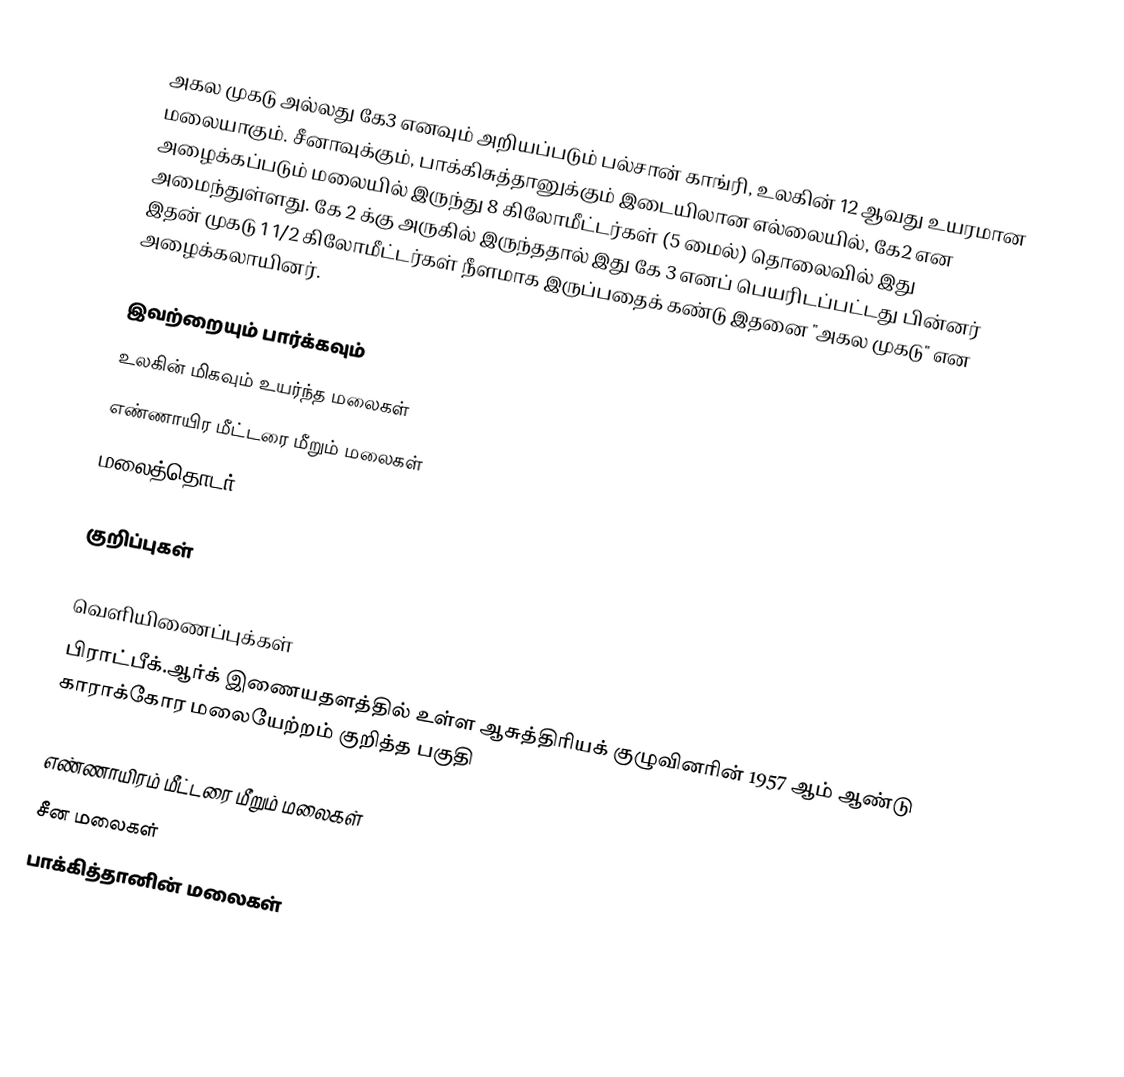
அகல முகடு அல்லது கே3 எனவும் அறியப்படும் பல்சான் காங்ரி, உலகின் 12 ஆவது உயரமான மலையாகும். சீனாவுக்கும், பாக்கிசுத்தானுக்கும் இடையிலான எல்லையில், கே2 என அழைக்கப்படும் மலையில் இருந்து 8 கிலோமீட்டர்கள் (5 மைல்) தொலைவில் இது அமைந்துள்ளது. கே 2 க்கு அருகில் இருந்ததால் இது கே 3 எனப் பெயரிடப்பட்டது பின்னர் இதன் முகடு 1 1/2 கிலோமீட்டர்கள் நீளமாக இருப்பதைக் கண்டு இதனை "அகல முகடு" என அழைக்கலாயினர்.

இவற்றையும் பார்க்கவும்
 உலகின் மிகவும் உயர்ந்த மலைகள்
 எண்ணாயிர மீட்டரை மீறும் மலைகள்
 மலைத்தொடர்

குறிப்புகள்

வெளியிணைப்புக்கள்
பிராட்பீக்.ஆர்க் இணையதளத்தில் உள்ள ஆசுத்திரியக் குழுவினரின் 1957 ஆம் ஆண்டு காராக்கோர மலையேற்றம் குறித்த பகுதி

எண்ணாயிரம் மீட்டரை மீறும் மலைகள்
சீன மலைகள்
பாக்கித்தானின் மலைகள்